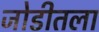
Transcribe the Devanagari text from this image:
जोडीतला